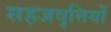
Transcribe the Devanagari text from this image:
सहजवृत्तियों